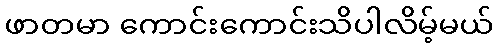
ဖာတမာ ကောင်းကောင်းသိပါလိမ့်မယ်